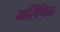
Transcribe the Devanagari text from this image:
मर्रिपिन